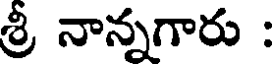
శ్రీ నాన్నగారు :